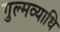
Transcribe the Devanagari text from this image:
गुल्मव्याधि